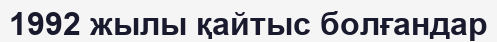
1992 жылы қайтыс болғандар